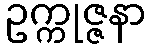
ဥက္ကုဇ္ဇနာ